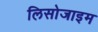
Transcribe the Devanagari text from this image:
लिसोजाइम